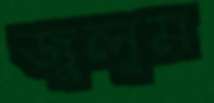
জুলুম